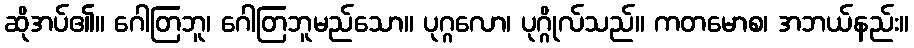
ဆိုအပ်၏။ ဂေါတြဘူ၊ ဂေါတြဘူမည်သော။ ပုဂ္ဂလော၊ ပုဂ္ဂိုလ်သည်။ ကတမောစ၊ အဘယ်နည်း။